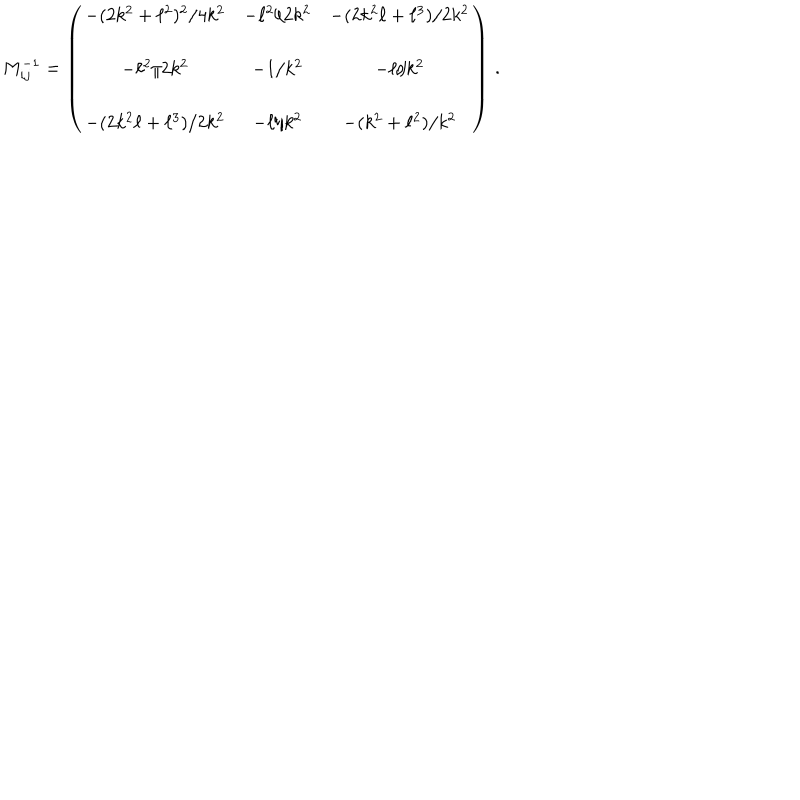
M _ { i j } ^ { - 1 } = \left( \begin{array} { c c c } { { - ( 2 k ^ { 2 } + \ell ^ { 2 } ) ^ { 2 } / 4 k ^ { 2 } } } & { { - \ell ^ { 2 } / 2 k ^ { 2 } } } & { { - ( 2 k ^ { 2 } \ell + \ell ^ { 3 } ) / 2 k ^ { 2 } } } \\ { { } } & { { } } & { { } } \\ { { - \ell ^ { 2 } / 2 k ^ { 2 } } } & { { - 1 / k ^ { 2 } } } & { { - \ell / k ^ { 2 } } } \\ { { } } & { { } } & { { } } \\ { { - ( 2 k ^ { 2 } \ell + \ell ^ { 3 } ) / 2 k ^ { 2 } } } & { { - \ell / k ^ { 2 } } } & { { - ( k ^ { 2 } + \ell ^ { 2 } ) / k ^ { 2 } } } \\ \end{array} \right) \, .